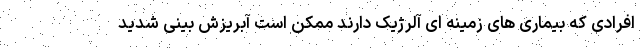
افرادی که بیماری های زمینه ای آلرژیک دارند ممکن است آبریزش بینی شدید